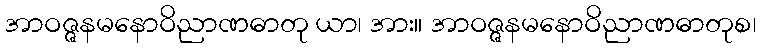
အာဝဇ္ဇနမနောဝိညာဏဓာတု ယာ၊ အား။ အာဝဇ္ဇနမနောဝိညာဏဓာတုစ၊